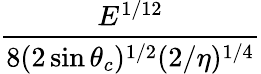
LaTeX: \frac{E^{1/12}}{8(2\sin\theta_{c})^{1/2}(2/\eta)^{1/4}}